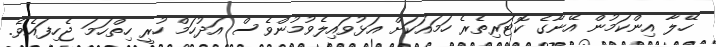
ހޭލާ އިންކަމުން އޭނާގެ ކޮޓަރިތެރެ ހަމައަކަށް އަޅުވައިލެވުމުންވެސް އަދުހަމް ހުރީ ހިތްހަމަ ޖެހިފައެވެ.